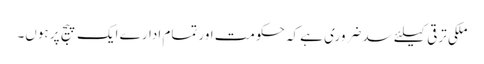
ملکی ترقی کیلئے سد ضروری ہے کہ حکومت اور تمام ادارے ایک پیج پر ہوں۔